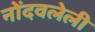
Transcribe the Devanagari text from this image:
नोेंदवलेली